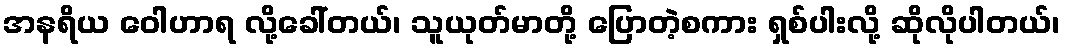
အနရိယ ဝေါဟာရ လို့ခေါ်တယ်၊ သူယုတ်မာတို့ ပြောတဲ့စကား ရှစ်ပါးလို့ ဆိုလိုပါတယ်၊